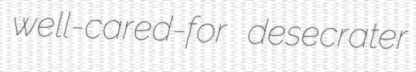
well-cared-for desecrater